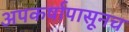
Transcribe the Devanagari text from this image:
अपकर्षापासूनच